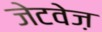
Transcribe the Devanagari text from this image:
जेटवेज़